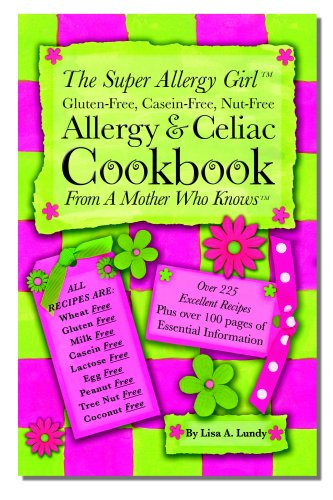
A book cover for The Super Allergy Girl Cookbook; Gluten-free Casein-free Nut-free.; Lisa A. Lundy; Health, Fitness & Dieting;